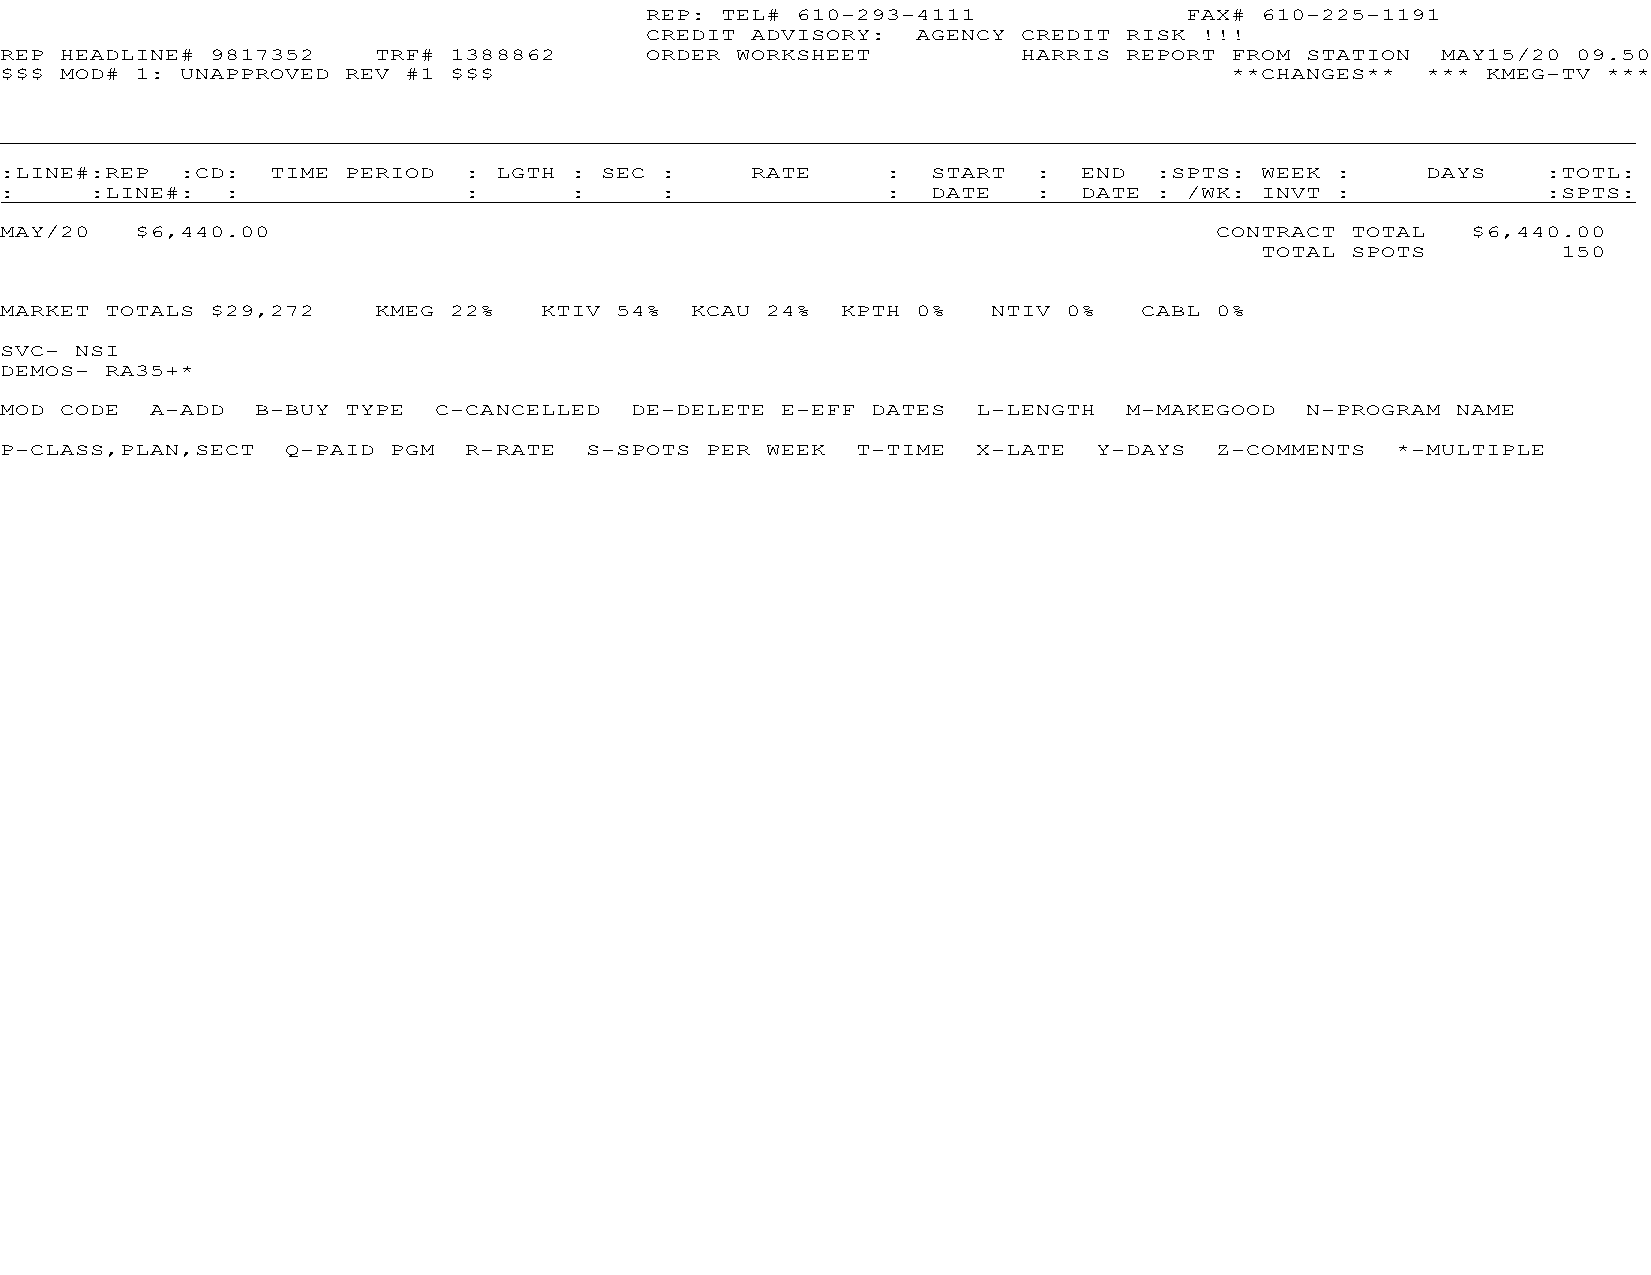
REP: TEL# 610-293-4111             FAX# 610-225-1191
 CREDIT ADVISORY:  AGENCY CREDIT RISK !!!
 REP HEADLINE# 9817352    TRF# 1388862      ORDER WORKSHEET          HARRIS REPORT FROM STATION MAY15/20 09.50
 $$$ MOD# 1: UNAPPROVED REV #1 $$$                                                **CHANGES**  *** KMEG-TV ***
 :LINE#:REP  :CD:  TIME PERIOD  : LGTH : SEC :     RATE     :  START  :  END :SPTS: WEEK :     DAYS    :TOTL:
 :     :LINE#:  :               :      :     :              :  DATE   :  DATE : /WK: INVT :            :SPTS:
 MAY/20   $6,440.00                                                              CONTRACT TOTAL   $6,440.00
 TOTAL SPOTS         150
 MARKET TOTALS $29,272    KMEG 22%   KTIV 54%  KCAU 24%  KPTH 0%   NTIV 0%  CABL 0%
 SVC- NSI
 DEMOS- RA35+*
 MOD CODE  A-ADD  B-BUY TYPE  C-CANCELLED  DE-DELETE E-EFF DATES  L-LENGTH  M-MAKEGOOD N-PROGRAM NAME
 P-CLASS,PLAN,SECT  Q-PAID PGM  R-RATE  S-SPOTS PER WEEK  T-TIME  X-LATE  Y-DAYS Z-COMMENTS  *-MULTIPLE